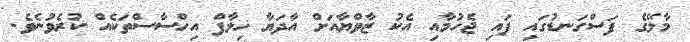
މާލޭގެ ފަސްގަނޑުގައި ފައި ޖެހުމާއި އެކު ޒާވްޔާއަށް އާދަޔާ ޚިލާފް އިހްސާސްތަކެއް ކުރެވުނެވެ.